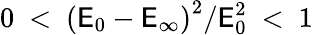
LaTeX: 0~<~\left(\mathsf{E}_{0}-\mathsf{E}_{\infty}\right)^{2}/\mathsf{E}_{0}^{2}~<~1